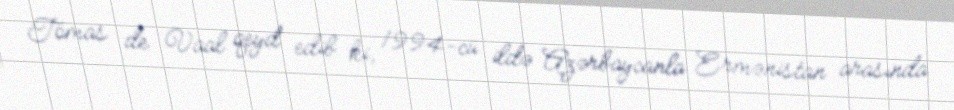
Tomas de Vaal qeyd edib ki, 1994-cü ildə Azərbaycanla Ermənistan arasında